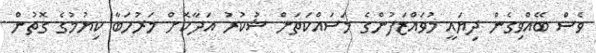
ވެސް ބޭއްވިގެން ދިޔައީ މުވައްޒަފުންގެ މަސައްކަތަށް ޝުކުރު އަދާކޮށް މަރުހަބާ ކިޔުމުގެ ގޮތުން